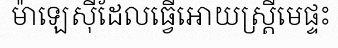
ម៉ាឡេស៊ីដែលធ្វើអោយស្ត្រីមេផ្ទះ